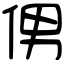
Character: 侽